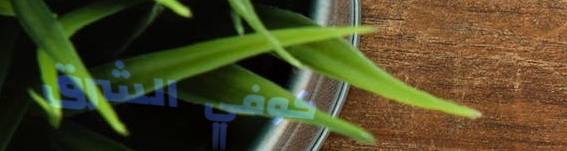
كوفي الشرق